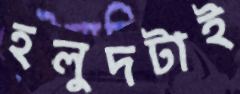
হলুদটাই